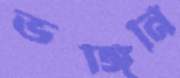
ভঙ্গিনি